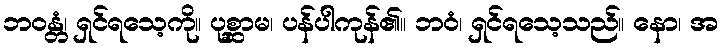
ဘဝန္တံ၊ ရှင်ရသေ့ကို။ ပုစ္ဆာမ၊ ပန်ပါကုန်၏။ ဘဝံ၊ ရှင်ရသေ့သည်။ နော၊ အ